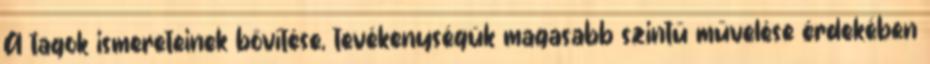
A tagok ismereteinek bővítése, tevékenységük magasabb szintű művelése érdekében